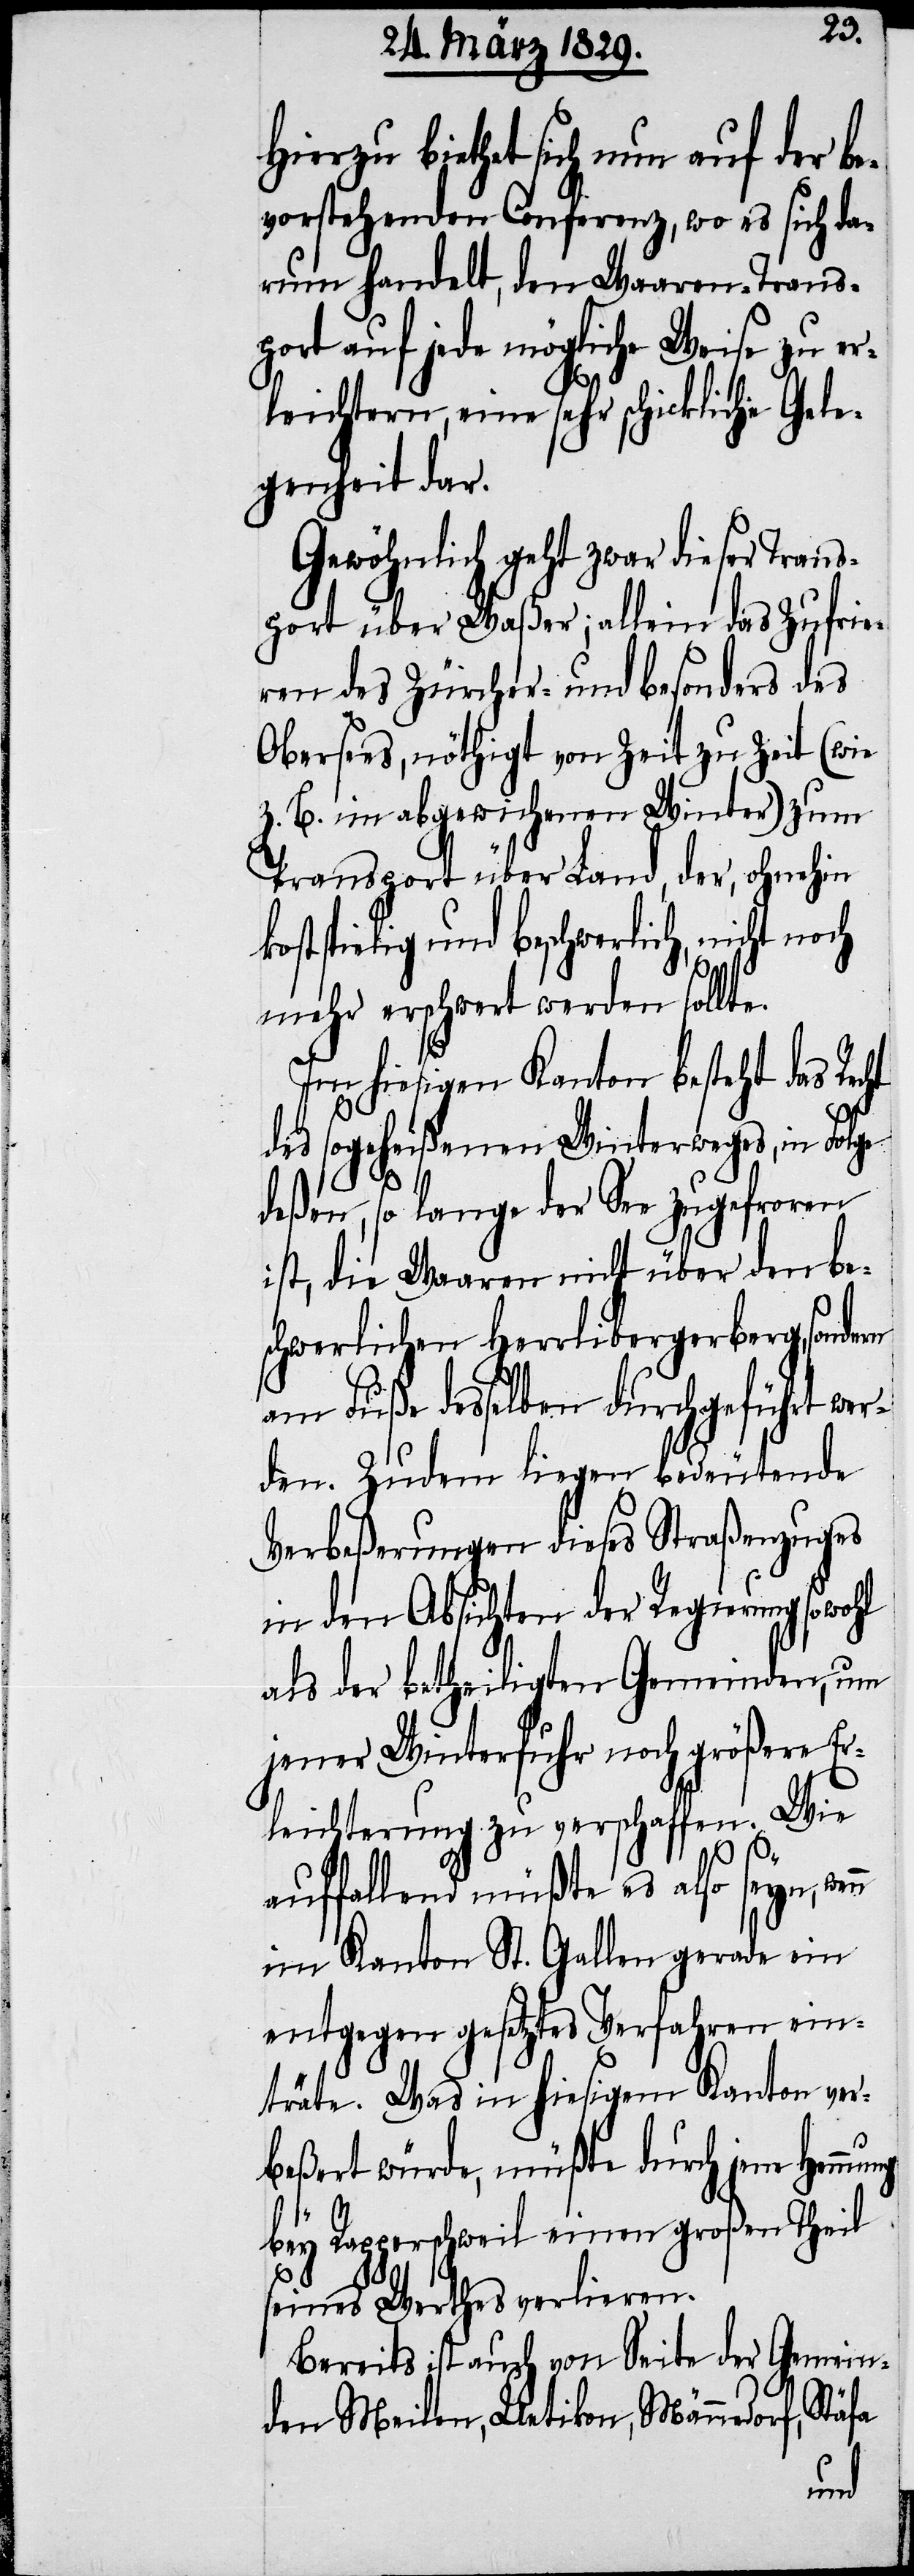
Hierzu biethet sich nun auf der b¬
evorstehenden Conferenz, wo es sich da¬
rum handelt, den Waaren-Trans¬
port auf jede mögliche Weise zu er¬
leichtern, eine sehr schickliche Gele¬
genheit dar.
Gewöhnlich geht zwar dieser Tran¬
sport über Waßer; allein das Zufrie¬
ren des Zürcher- und besonders des
Obersees, nöthigt von Zeit zu Zeit (wie
z. B. im abgewichenen Winter) zum
Transport über Land, der, ohnehin
kostspielig und beschwerlich, nicht noch
n
mehr erschwert werden sollte.
Im hiesigen Kanton besteht das Rec¬
des sogeheißenen Winterweges, in Folge
rn
deßen, so lange der See zugefroren
ist, die Waaren nicht über den be¬
schwerlichen Herrlibergerberg, sonde¬
am Fuße desselben durchgeführt wer¬
den. Zudem liegen bedeutende
Verbeßerungen dieses Straßenzuges
in den Absichten der Regierung sowohl
als der betheiligten Gemeinden, um
jener Winterfuhr noch größere Er¬
leichterung zu verschaffen. Wie
auffallend müßte es also seyn, wen¬
im Kanton St. Gallen gerade ein
entgegen gesetztes Verfahren ein¬
träte. Was in hiesigem Kanton ver¬
beßert würde, müßte durch jene Hemm¬
bey Rapperschweil einen großen Theil
seines Werthes verlieren.
Bereits ist auch von Seite der Gemein¬
den Meilen, Uetikon, Männedorf, Stäfa
ung